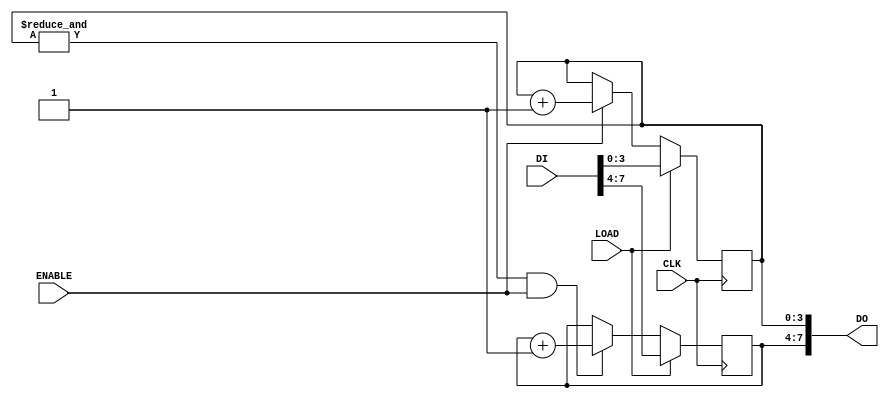
module counter_rollover2
#(parameter       W = 8, 
  parameter       N = 2) 
 (input  wire         CLK,
  input  wire         ENABLE,
  input  wire         LOAD,
  input  wire [W-1:0] DI,
  output wire [W-1:0] DO
  );
  reg [(W/2)-1:0] CounterMSB;
  reg [(W/2)-1:0] CounterLSB;
  wire TerminalCount = & CounterLSB;
  wire RollOver = TerminalCount & ENABLE;
  always @(posedge CLK)
  if (LOAD)
    CounterMSB <= DI[W-1:W/2];
  else if (RollOver)
    CounterMSB <= CounterMSB + 1;
  always @(posedge CLK)
  if (LOAD)
    CounterLSB <= DI[(W/2)-1:0];
  else if (ENABLE)
    CounterLSB <= CounterLSB + 1;
  assign DO = {CounterMSB,CounterLSB};
endmodule